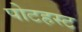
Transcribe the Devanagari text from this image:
पोटहस्ट